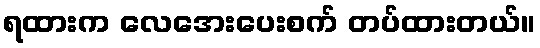
ရထားက လေအေးပေးစက် တပ်ထားတယ်။